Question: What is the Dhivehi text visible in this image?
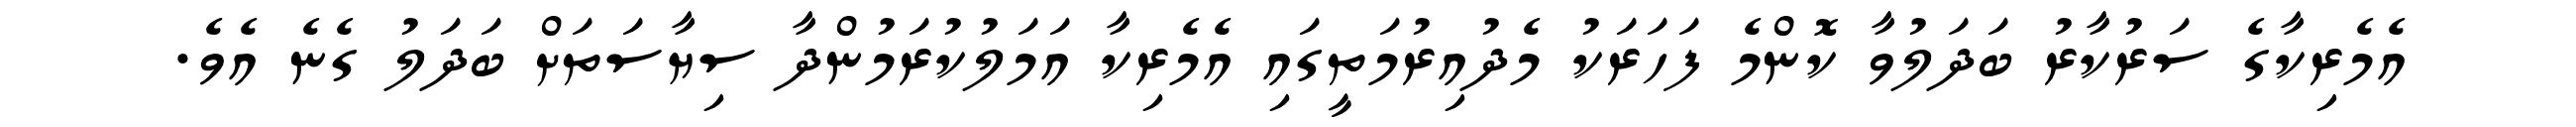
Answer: އެމެރިކާގެ ސަރުކާރު ބަދަލުވާ ކޮންމެ ފަހަރަކު މެދުއިރުމަތީގައި އެމެރިކާ އަމަލުކުރަމުންދާ ސިޔާސަތަށް ބަދަލު ގެނެ އެވެ.